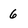
Character: 6